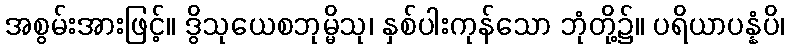
အစွမ်းအားဖြင့်။ ဒွိသုယေစဘုမ္မိသု၊ နှစ်ပါးကုန်သော ဘုံတို့၌။ ပရိယာပန္နံပိ၊